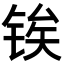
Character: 𬭐